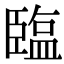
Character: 𦣪